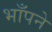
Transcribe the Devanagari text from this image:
भाँपने